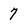
Character: 7